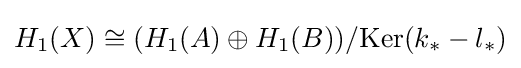
H_{1}(X)\cong (H_{1}(A)\oplus H_{1}(B))/{\text{Ker}}(k_{*}-l_{*})